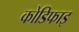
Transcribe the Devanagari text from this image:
कोडिफाइ